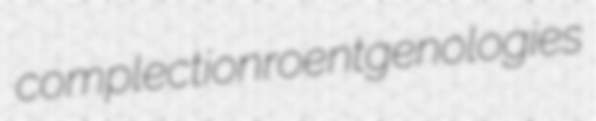
complection roentgenologies